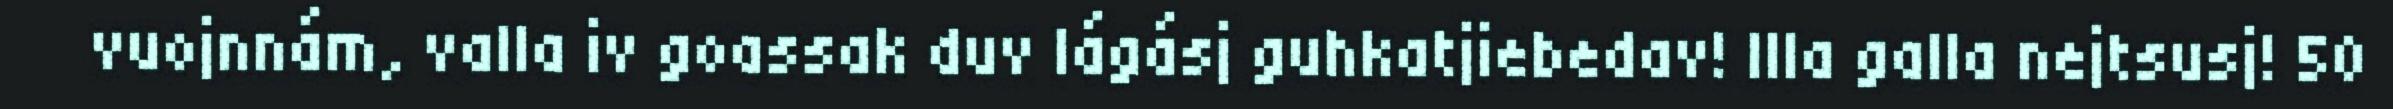
vuojnnám, valla iv goassak duv lágásj guhkatjiebedav! Illa galla nejtsusj! 50